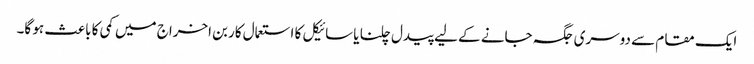
ایک مقام سے دوسری جگہ جانے کے لیے پیدل چلنا یا سائیکل کا استعمال کاربن اخراج میں کمی کا باعث ہو گا۔